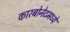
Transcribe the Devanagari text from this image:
कारबोनेटमध्ये